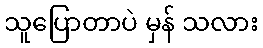
သူပြောတာပဲ မှန် သလား